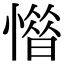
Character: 𢡽